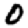
Digit: 0